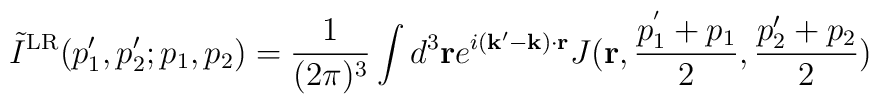
\tilde{I}^{\rm LR} (p_1', p_2'; p_1,p_2)  = {1\over (2 \pi)^3} \int d^3 {\bf r} e^{i ({\bf k}'- {\bf k})\cdot {\bf r}}  J({\bf r}, { { p}^{'}_1+p_1 \over 2}, { p_2'+p_2 \over 2})